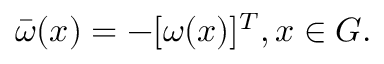
\bar { \omega } ( x ) = - [ \omega ( x ) ] ^ { T } , x \in { \cal G } .